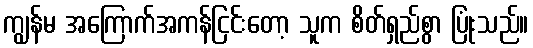
ကျွန်မ အကြောက်အကန်ငြင်းတော့ သူက စိတ်ရှည်စွာ ပြုံးသည်။